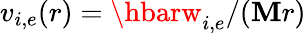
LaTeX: v_{i,e}(r)=\hbarw_{i,e}/(\mathbf{M}r)